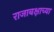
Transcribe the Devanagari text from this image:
राजाबक्षाच्या